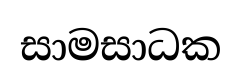
සාමසාධක